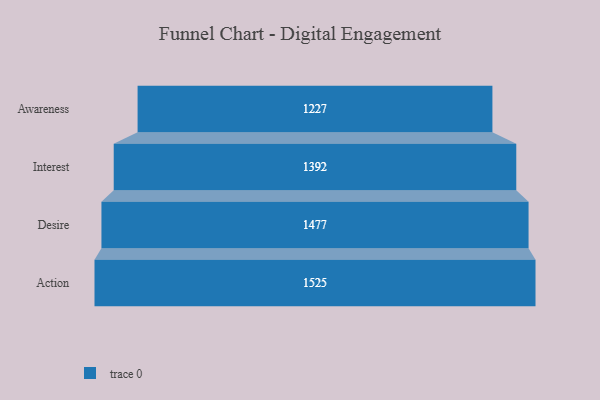
{"axis": {"x": "Stage", "y": "Value"}, "legend": [""], "data": [{"x": "Awareness", "y": 1227.0, "type": ""}, {"x": "Interest", "y": 1392.0, "type": ""}, {"x": "Desire", "y": 1477.0, "type": ""}, {"x": "Action", "y": 1525.0, "type": ""}]}